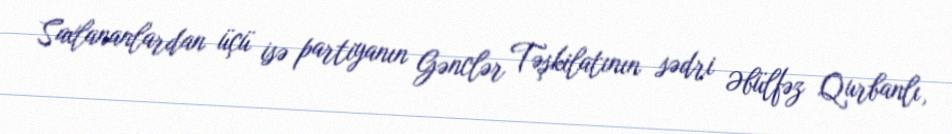
Saxlananlardan üçü isə partiyanın Gənclər Təşkilatının sədri Əbülfəz Qurbanlı,